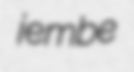
jembe